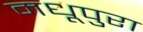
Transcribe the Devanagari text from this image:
मधूपुरा